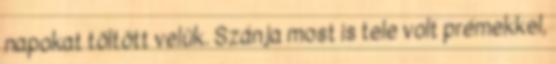
napokat töltött velük. Szánja most is tele volt prémekkel,